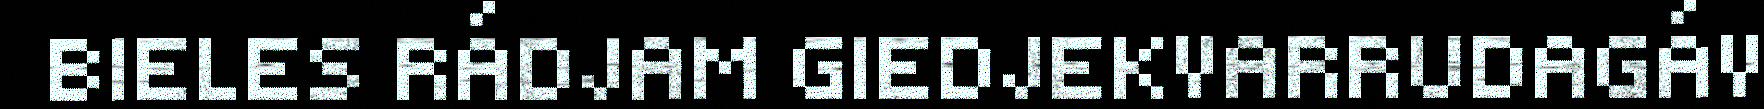
BIELES RÁDJAM GIEDJEKVARRUDAGÁV